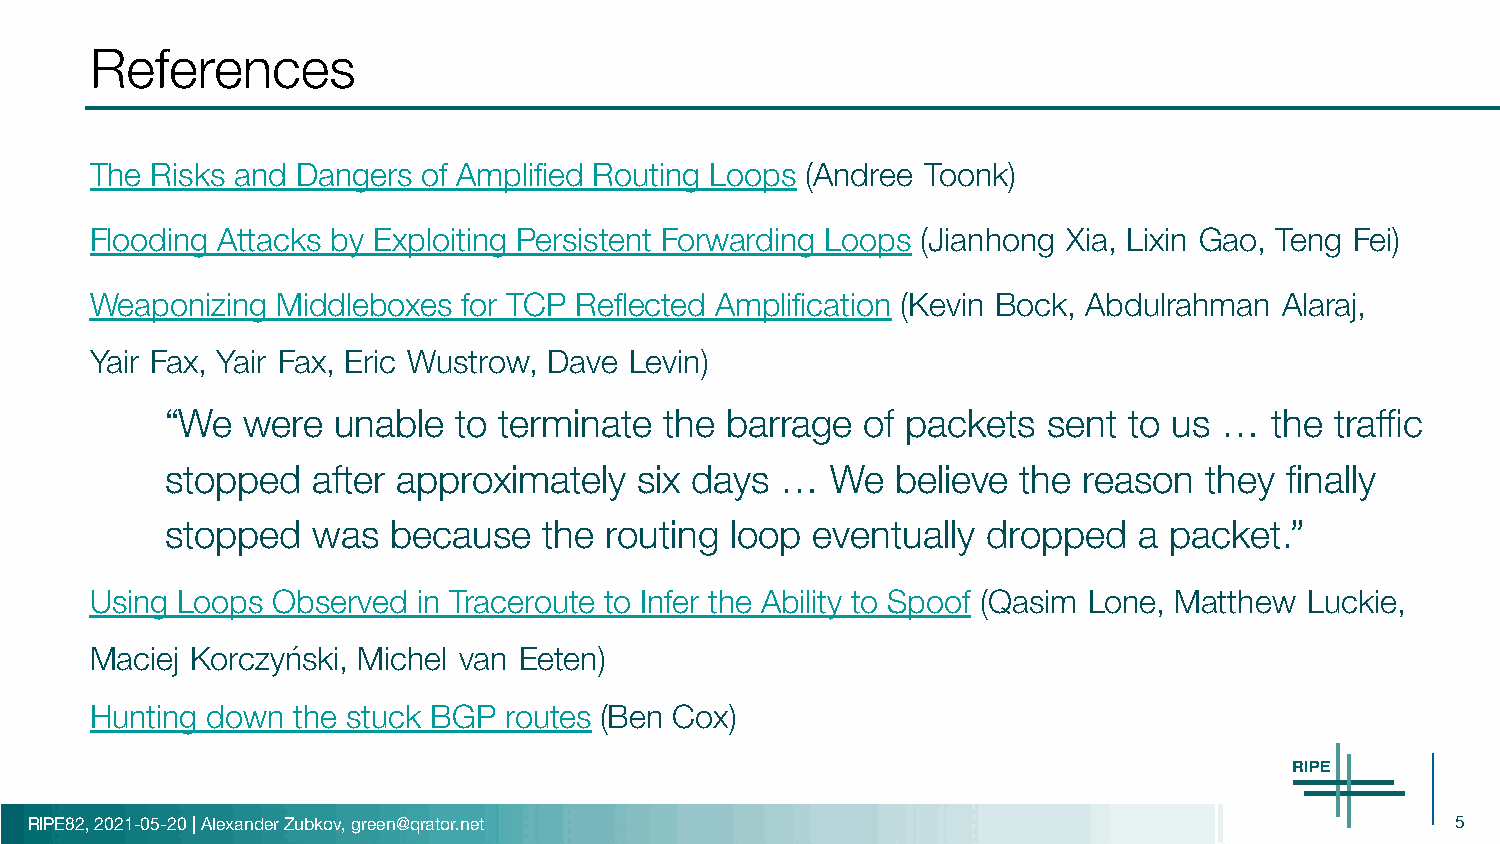
References
 The Risks and Dangers of Amplified Routing Loops (Andree Toonk)
 Flooding Attacks by Exploiting Persistent Forwarding Loops (Jianhong Xia, Lixin Gao, Teng Fei)
 Weaponizing Middleboxes  for TCP Reflected Amplification (Kevin Bock, Abdulrahman Alaraj,
 Yair Fax, Yair Fax, Eric Wustrow, Dave Levin)
 “We  were  unable  to terminate  the barrage  of packets  sent  to us …  the traffic
 stopped   after approximately  six days  …  We  believe  the reason  they finally
 stopped   was  because   the routing loop  eventually dropped   a packet.”
 Using Loops Observed  in Traceroute to Infer the Ability to Spoof (Qasim Lone, Matthew Luckie,
 Maciej Korczyński, Michel van Eeten)
 Hunting down the stuck BGP routes (Ben Cox)
 RIPE82, 2021-05-20 | Alexander Zubkov, green@qrator.net                                       5